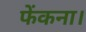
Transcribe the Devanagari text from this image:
फेंकना।